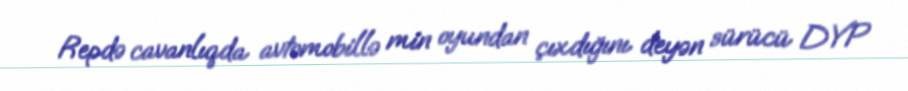
Repdə cavanlıqda avtomobillə min oyundan çıxdığını deyən sürücü DYP